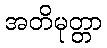
အတိမုတ္တာ